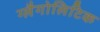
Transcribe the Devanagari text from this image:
ग्लैगोलिटिक